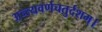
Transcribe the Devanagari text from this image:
अन्त्यवर्णचतुर्दशम्।